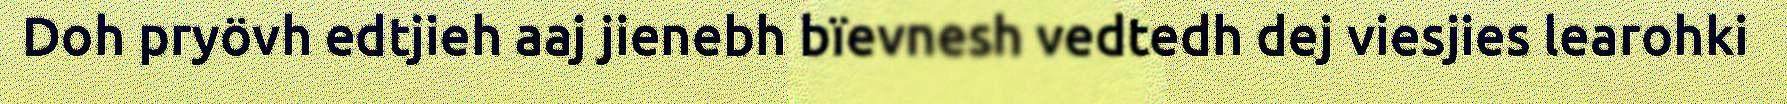
Doh pryövh edtjieh aaj jienebh bïevnesh vedtedh dej viesjies learohki